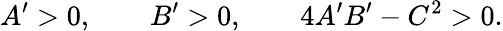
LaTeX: A^{\prime}>0,\qquad B^{\prime}>0,\qquad 4A^{\prime}B^{\prime}-C^{2}>0.